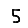
Digit: 5